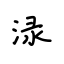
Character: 渌